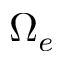
\Omega _ { e }